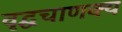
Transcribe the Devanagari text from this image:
वृद्धचाणक्य